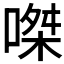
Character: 𠹳